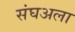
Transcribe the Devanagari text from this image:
संघअला